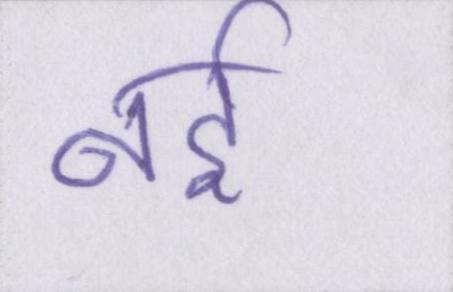
नर्इ